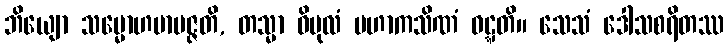
ဘိယျော သမ္မောဟမာပဇ္ဇတိ, တသ္မာ ဝိပုလံ မဟာကသိဏံ ဝဋ္ဋတိ။ သေသံ ဒေါသစရိတဿ